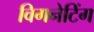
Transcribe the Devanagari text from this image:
विगनेटिंग